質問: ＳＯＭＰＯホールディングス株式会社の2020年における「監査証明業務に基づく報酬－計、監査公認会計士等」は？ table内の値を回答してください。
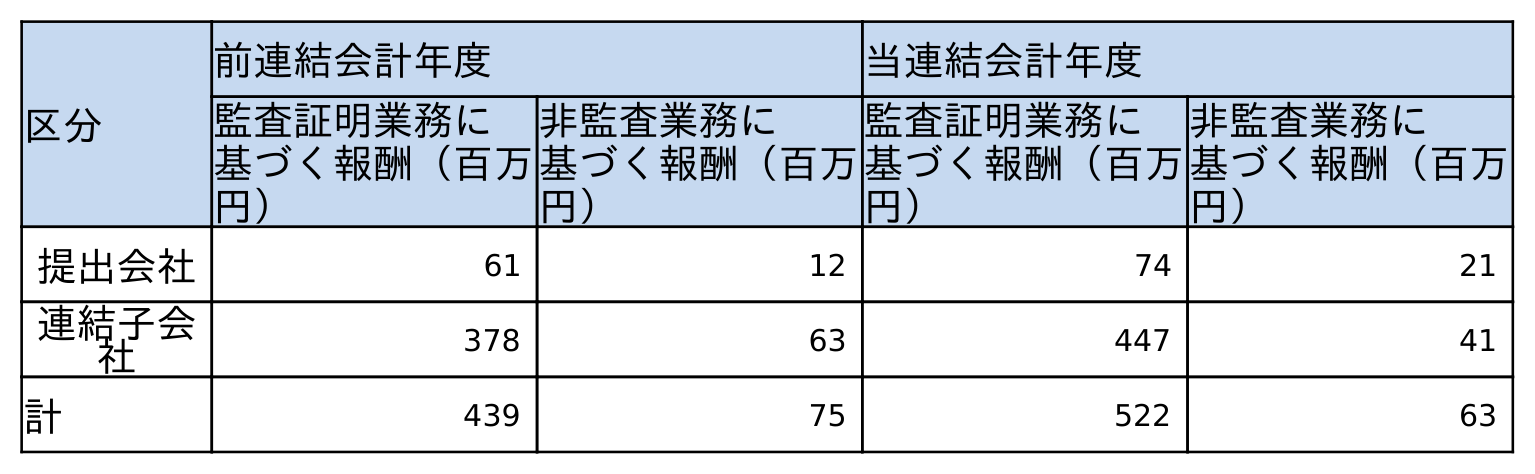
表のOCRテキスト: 区分 前連結会計年度 当連結会計年度 監査証明業務に 基づく報酬（百万 円） 非監査業務に 基づく報酬（百万 円） 監査証明業務に 基づく報酬（百万 円） 非監査業務に 基づく報酬（百万 円） 提出会社 61 12 74 21 連結子会 社 378 63 447 41 計 439 75 522 63
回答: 522